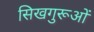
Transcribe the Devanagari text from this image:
सिखगुरूओं